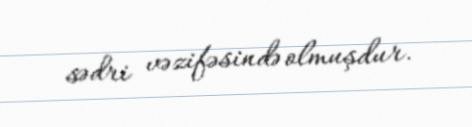
sədri vəzifəsində olmuşdur.